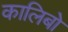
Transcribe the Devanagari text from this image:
कालिबो